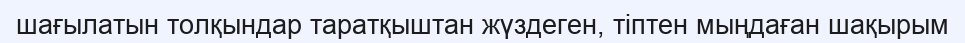
шағылатын толқындар таратқыштан жүздеген, тіптен мыңдаған шақырым